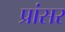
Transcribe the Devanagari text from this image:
प्रांसर